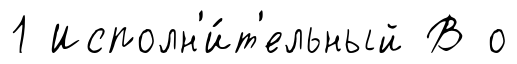
1 Исполн'и́т'ельный В о